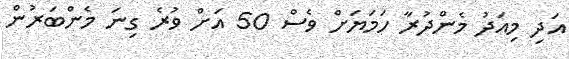
އަދި މިއަދު މެންދުރާ ހަމަޔަށް ވެސް 50 އަށް ވުރެ ގިނަ މެންބަރުން